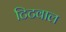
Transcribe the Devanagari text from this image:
टिटवाल